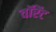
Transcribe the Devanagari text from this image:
वॉरेंट